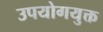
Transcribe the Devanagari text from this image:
उपयोगयुक्त